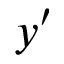
y ^ { \prime }